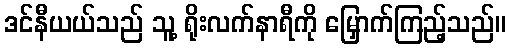
ဒင်နီယယ်သည် သူ့ ရိုးလက်နာရီကို မြှောက်ကြည့်သည်။